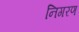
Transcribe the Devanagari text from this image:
निगरण